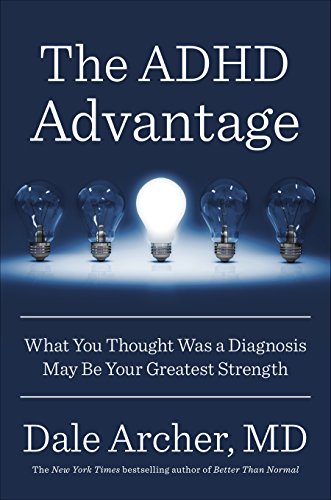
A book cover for The ADHD Advantage: What You Thought Was a Diagnosis May Be Your Greatest Strength; Dale Archer MD; Parenting & Relationships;